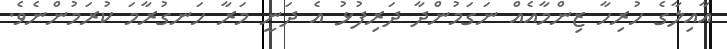
އާއިލާގެ ހުރިހާ ޒިންމާއެއް ނަގަމުންދާ ދަރިފުޅު އެ ދަނީ މަރާ ހަނގުރާމަ ކުރަމުންނެވެ.